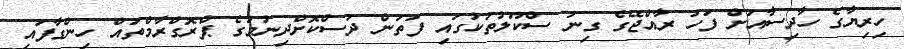
ހިރިޔާގެ ހާދިސާއަށް ފަހު ރާއްޖޭގެ ގިނަ ސްކޫލުތަކުގައި ފަތަން ދަސްކޮށްދިނުމުގެ ޕްރޮގްރާމްތައް ހިންގާފައި